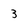
Character: 3